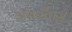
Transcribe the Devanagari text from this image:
असतीपरी